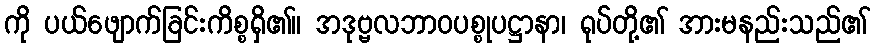
ကို ပယ်ဖျောက်ခြင်းကိစ္စရှိ၏။ အဒုဗ္ဗလဘာဝပစ္စုပဋ္ဌာနာ၊ ရုပ်တို့၏ အားမနည်းသည်၏